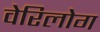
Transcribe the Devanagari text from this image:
वेरिलोग